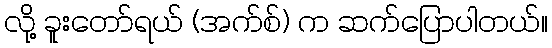
လို့ ခူးတော်ရယ် (အက်စ်) က ဆက်ပြောပါတယ်။